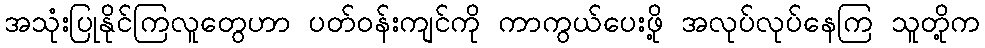
အသုံးပြုနိုင်ကြလူတွေဟာ ပတ်ဝန်းကျင်ကို ကာကွယ်ပေးဖို့ အလုပ်လုပ်နေကြ သူတို့က